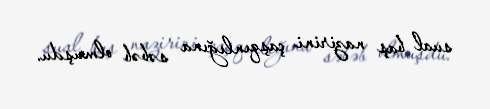
sual baş nazirini çaşqınlığına səbəb olmuşdu.